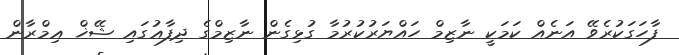
ފާހަގަކުރެވޭ އަނެއް ކަމަކީ ނާޒިމް ހައްޔަރުކުރުމާ ގުޅިގެން ނާޒިމްގެ ދިފާޢުގައި ޝޭޚް ޢިމްރާން